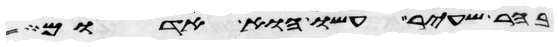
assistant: בהר שעיר עשו הוא אדום